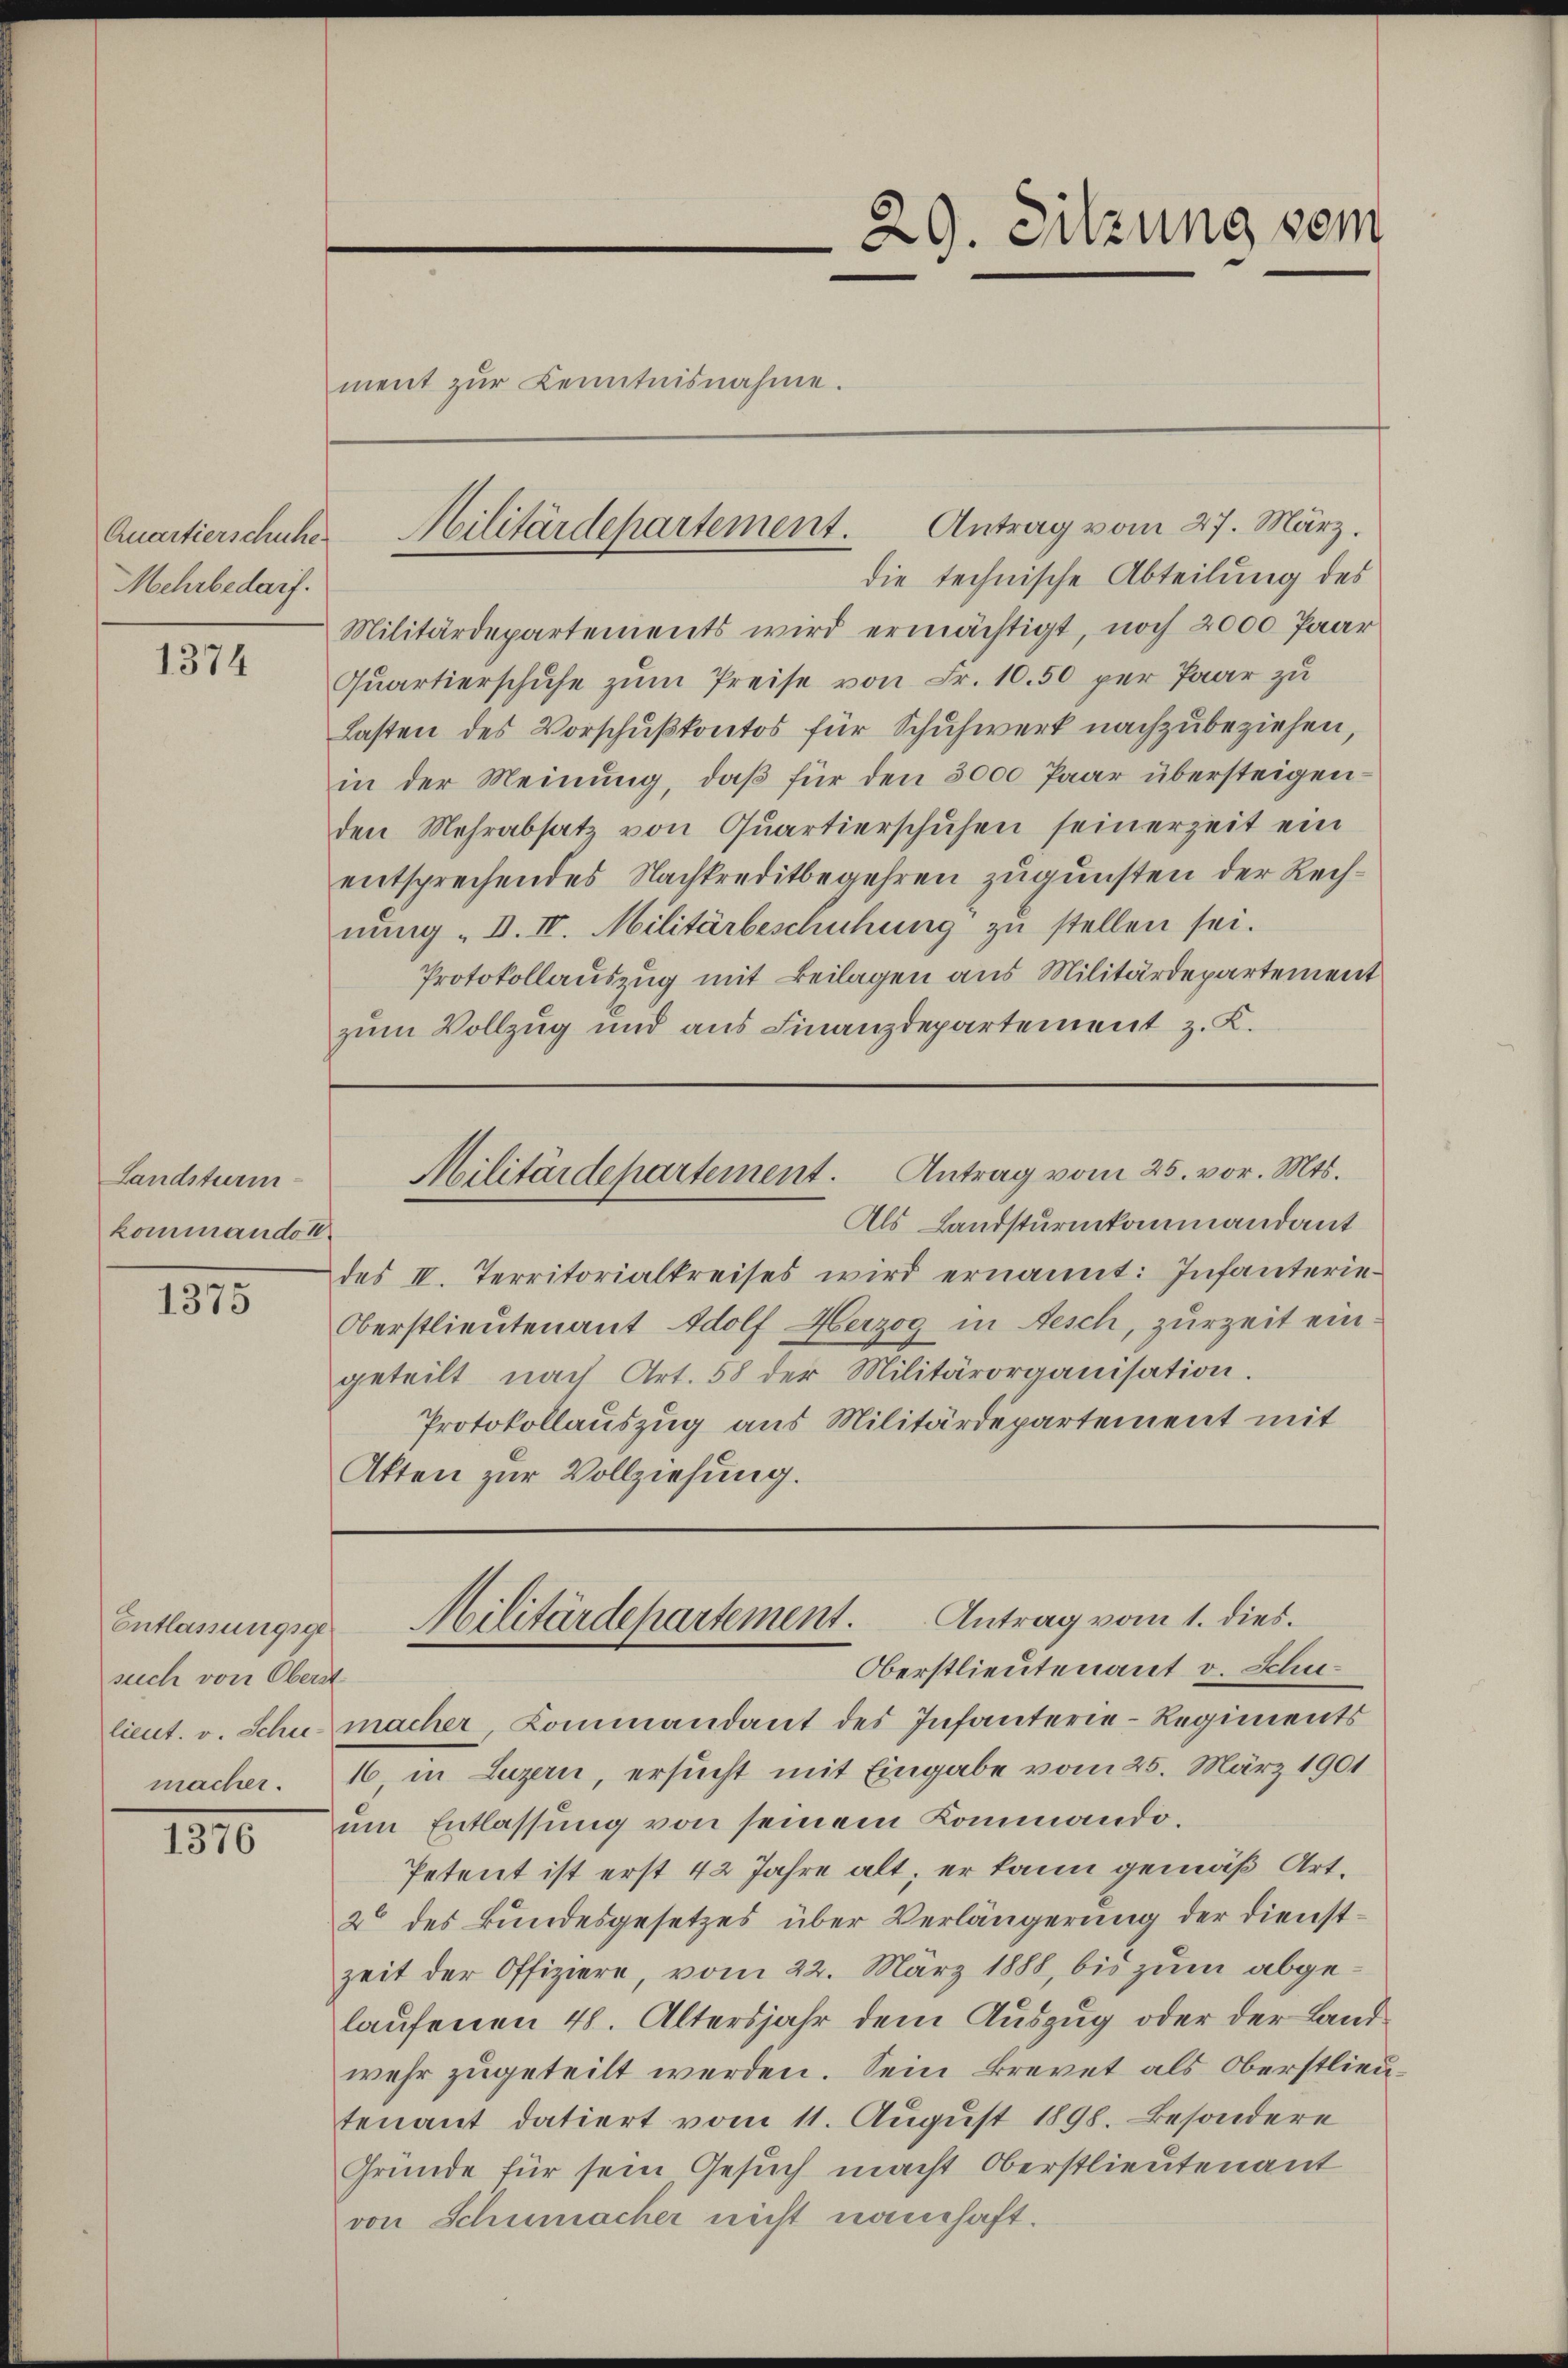
Quartierschuhe.
Mehrbedarf.

1374

Landsturm
kommandon

1375

Entlassungsgesuch von Oberst

1810

ment zŭr Kenntnisnahme.

die technische Abteilung des
Militärdepartements wird ermächtigt, noch 2000 Paar
Quartierschuhe zum Preise von Fr. 10.50 per Paar zu
Lasten des Vorschußkontos für Schuhwerk nachzubeziehen,
in der Meinung, daß für den 3000 Paar übersteigenden Mehrabsatz von Quartierschuhen seinerzeit ein
entsprechendes Nachkreditbegehren zugunsten der Rechnung „I. IV. Militärbeschühung zu stellen sei.
Protokollauszug mit Beilagen aus Militärdepartement
zum Vollzug und aus Finanzdepartement z. K.

Hilitärdepartement. Antrag vom 27. März.

29. Sitzung sein

Als Landsturmkommandant
des IV. Territorialkreises wird ernannt: Infanterie¬
Oberstlieutenant Adolf Herzog in Aesch, zurzeit eingeteilt nach Art. 58 der Militärorganisation.
Protokollauszug aus Militärdepartement mit
Akten zur Vollziehung.

Militärdepartement. Antrag vom 25. vor. Mts.

lieut. v. Schu macher, Kommandant des Infanterie-Regiments
macher. 16, in Luzern, ersucht mit Eingabe vom 25. März 1901
um Entlassung von seinem Kommando¬
Petent ist erst 42 Jahre alt; er kann gemäß Art.
2 des Bundesgesetzes über Verlängerung der Dienstzeit der Offiziere, vom 22. März 1888, bis zum abgelaufenen 48. Altersjahr dem Auszug oder der Landwehr zugeteilt werden. Sein Brevet als Oberstlieutenant datiert vom 11. August 1898. Besondere
Gründe für sein Gesuch macht Oberstlieutenant
von Schumacher nicht namhaft.

Antrag vom 1. dies.
Militärdepartement.
Oberstlieutenant v. Schu¬